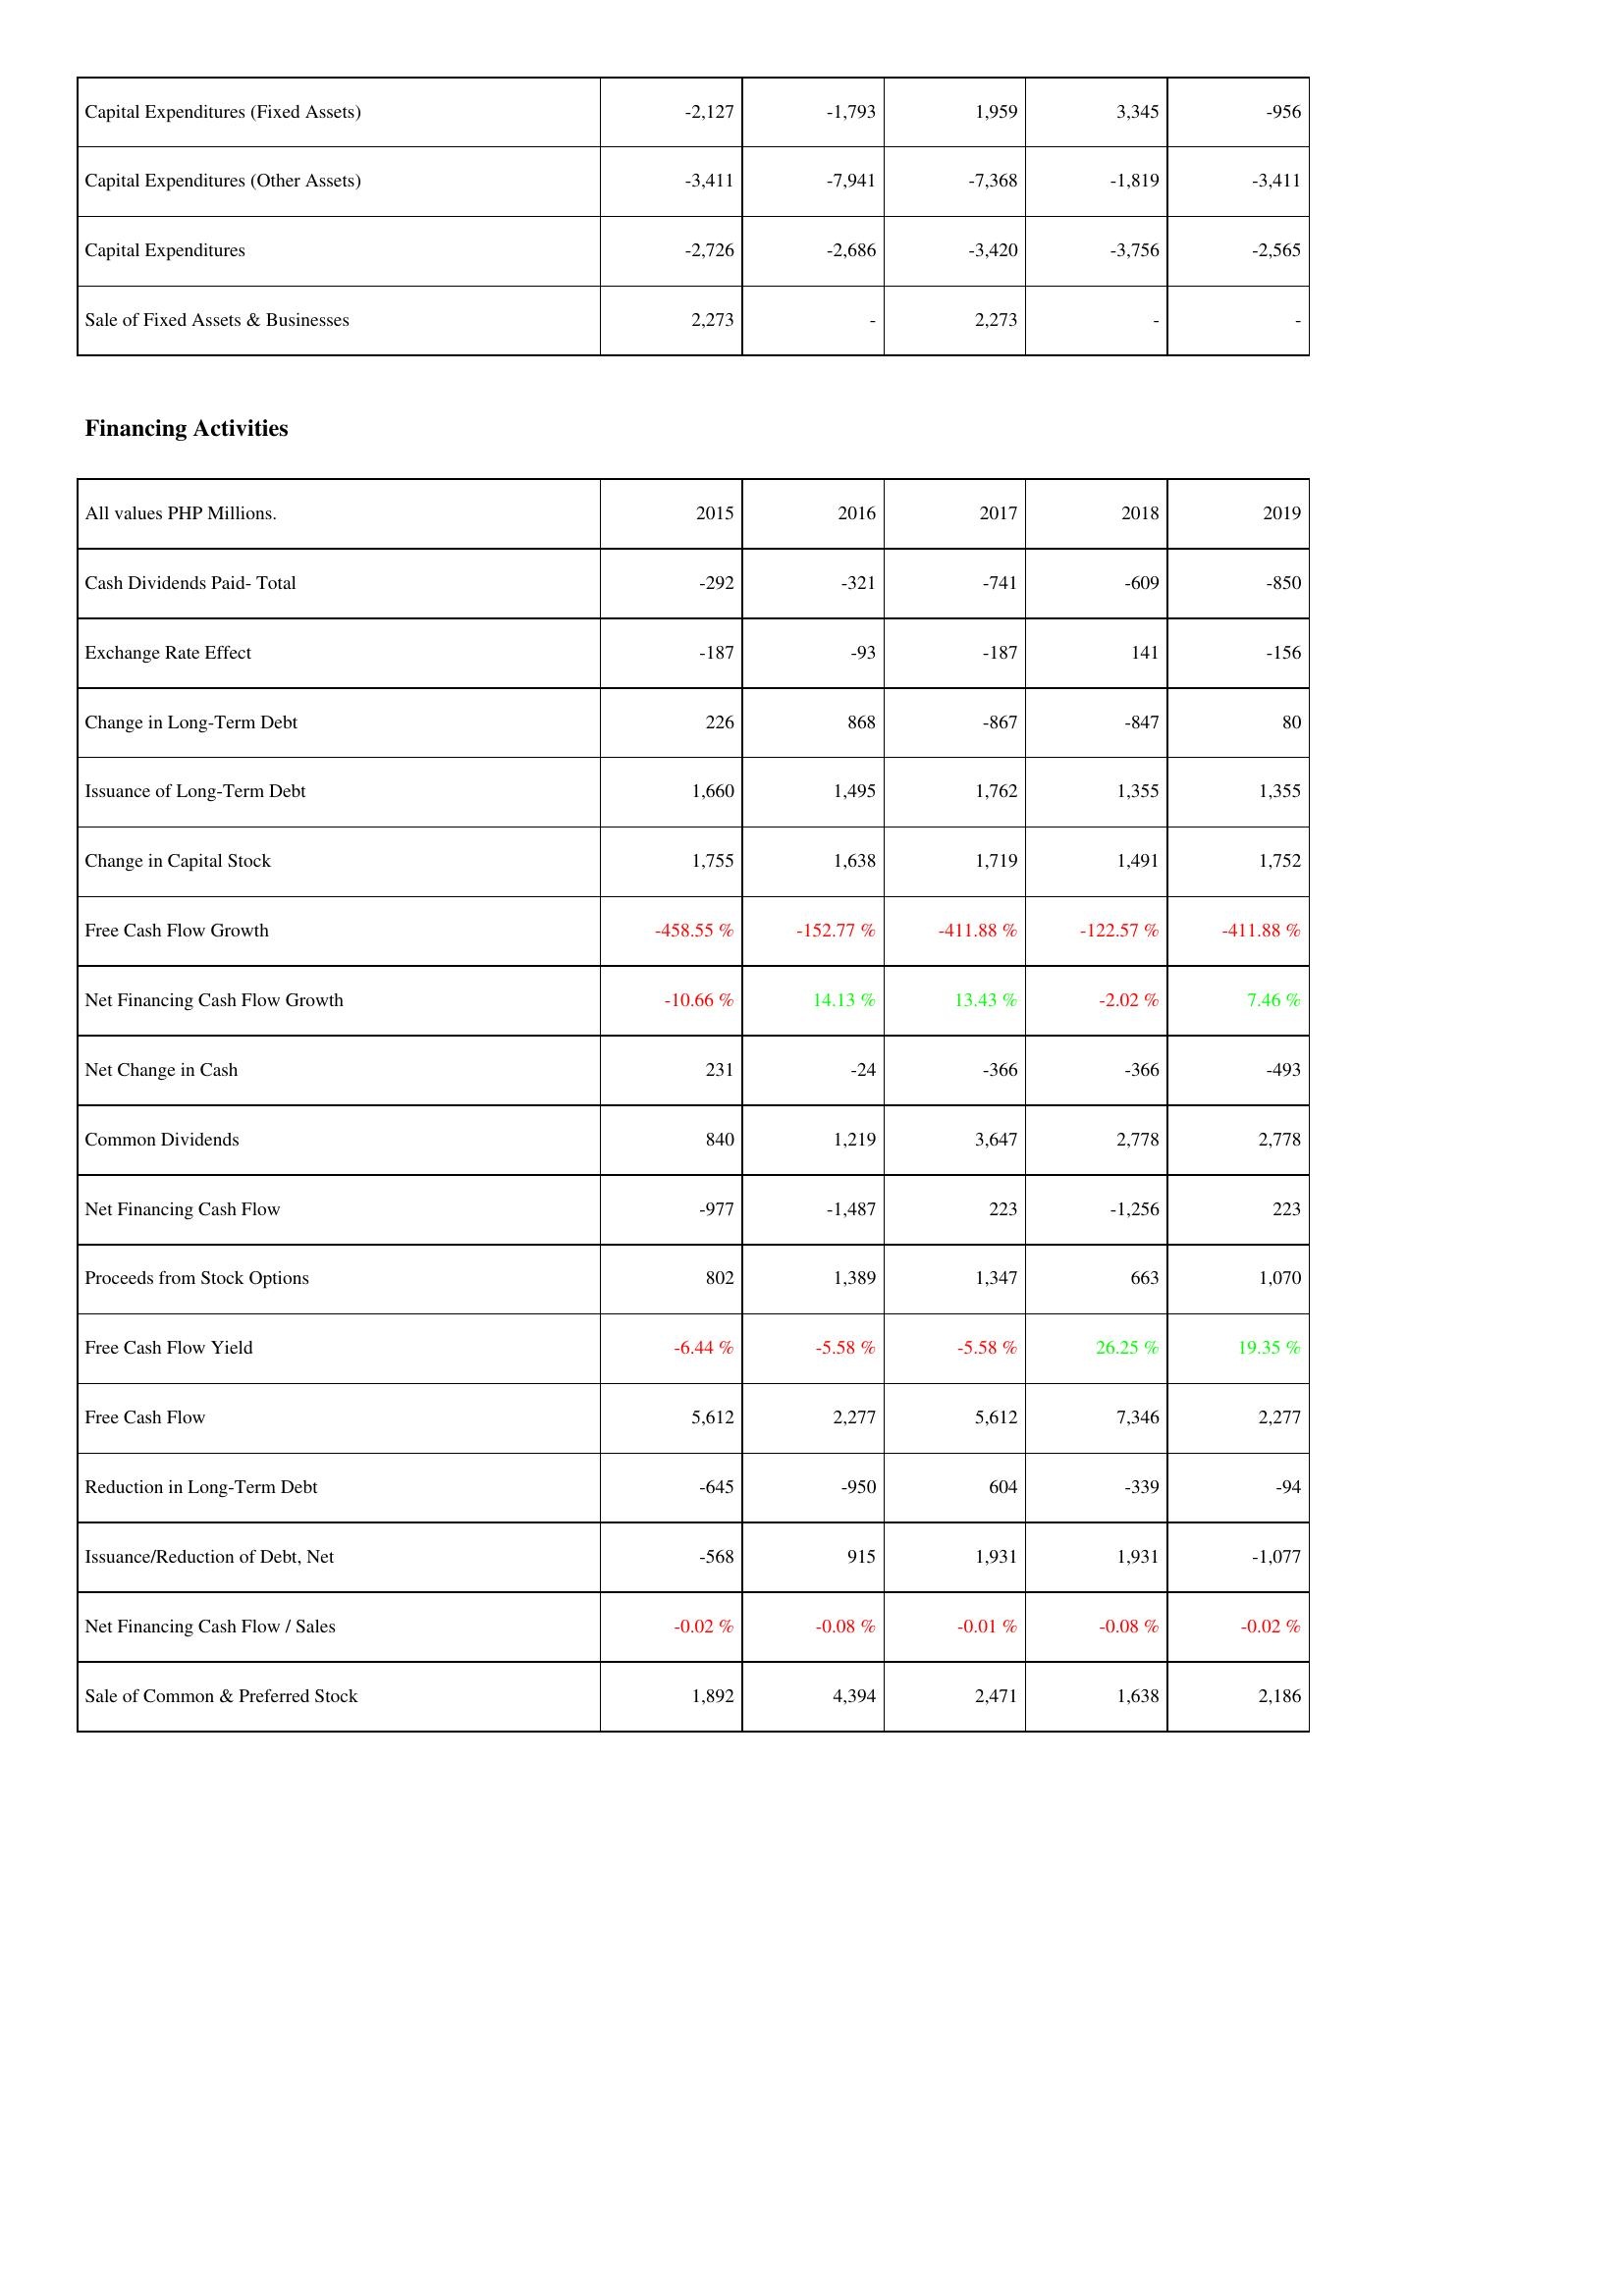
2015: Investing Activities: Capital Expenditures (Fixed Assets): -2,127
Capital Expenditures (Other Assets): -3,411
Capital Expenditures: -2,726
Sale of Fixed Assets & Businesses: 2,273
Financing Activities: Cash Dividends Paid- Total: -292
Exchange Rate Effect: -187
Change in Long-Term Debt: 226
Issuance of Long-Term Debt: 1,660
Change in Capital Stock: 1,755
Free Cash Flow Growth: -458.55 %
Net Financing Cash Flow Growth: -10.66 %
Net Change in Cash: 231
Common Dividends: 840
Net Financing Cash Flow: -977
Proceeds from Stock Options: 802
Free Cash Flow Yield: -6.44 %
Free Cash Flow: 5,612
Reduction in Long-Term Debt: -645
Issuance/Reduction of Debt, Net: -568
Net Financing Cash Flow / Sales: -0.02 %
Sale of Common & Preferred Stock: 1,892
2016: Investing Activities: Capital Expenditures (Fixed Assets): -1,793
Capital Expenditures (Other Assets): -7,941
Capital Expenditures: -2,686
Sale of Fixed Assets & Businesses: -
Financing Activities: Cash Dividends Paid- Total: -321
Exchange Rate Effect: -93
Change in Long-Term Debt: 868
Issuance of Long-Term Debt: 1,495
Change in Capital Stock: 1,638
Free Cash Flow Growth: -152.77 %
Net Financing Cash Flow Growth: 14.13 %
Net Change in Cash: -24
Common Dividends: 1,219
Net Financing Cash Flow: -1,487
Proceeds from Stock Options: 1,389
Free Cash Flow Yield: -5.58 %
Free Cash Flow: 2,277
Reduction in Long-Term Debt: -950
Issuance/Reduction of Debt, Net: 915
Net Financing Cash Flow / Sales: -0.08 %
Sale of Common & Preferred Stock: 4,394
2017: Investing Activities: Capital Expenditures (Fixed Assets): 1,959
Capital Expenditures (Other Assets): -7,368
Capital Expenditures: -3,420
Sale of Fixed Assets & Businesses: 2,273
Financing Activities: Cash Dividends Paid- Total: -741
Exchange Rate Effect: -187
Change in Long-Term Debt: -867
Issuance of Long-Term Debt: 1,762
Change in Capital Stock: 1,719
Free Cash Flow Growth: -411.88 %
Net Financing Cash Flow Growth: 13.43 %
Net Change in Cash: -366
Common Dividends: 3,647
Net Financing Cash Flow: 223
Proceeds from Stock Options: 1,347
Free Cash Flow Yield: -5.58 %
Free Cash Flow: 5,612
Reduction in Long-Term Debt: 604
Issuance/Reduction of Debt, Net: 1,931
Net Financing Cash Flow / Sales: -0.01 %
Sale of Common & Preferred Stock: 2,471
2018: Investing Activities: Capital Expenditures (Fixed Assets): 3,345
Capital Expenditures (Other Assets): -1,819
Capital Expenditures: -3,756
Sale of Fixed Assets & Businesses: -
Financing Activities: Cash Dividends Paid- Total: -609
Exchange Rate Effect: 141
Change in Long-Term Debt: -847
Issuance of Long-Term Debt: 1,355
Change in Capital Stock: 1,491
Free Cash Flow Growth: -122.57 %
Net Financing Cash Flow Growth: -2.02 %
Net Change in Cash: -366
Common Dividends: 2,778
Net Financing Cash Flow: -1,256
Proceeds from Stock Options: 663
Free Cash Flow Yield: 26.25 %
Free Cash Flow: 7,346
Reduction in Long-Term Debt: -339
Issuance/Reduction of Debt, Net: 1,931
Net Financing Cash Flow / Sales: -0.08 %
Sale of Common & Preferred Stock: 1,638
2019: Investing Activities: Capital Expenditures (Fixed Assets): -956
Capital Expenditures (Other Assets): -3,411
Capital Expenditures: -2,565
Sale of Fixed Assets & Businesses: -
Financing Activities: Cash Dividends Paid- Total: -850
Exchange Rate Effect: -156
Change in Long-Term Debt: 80
Issuance of Long-Term Debt: 1,355
Change in Capital Stock: 1,752
Free Cash Flow Growth: -411.88 %
Net Financing Cash Flow Growth: 7.46 %
Net Change in Cash: -493
Common Dividends: 2,778
Net Financing Cash Flow: 223
Proceeds from Stock Options: 1,070
Free Cash Flow Yield: 19.35 %
Free Cash Flow: 2,277
Reduction in Long-Term Debt: -94
Issuance/Reduction of Debt, Net: -1,077
Net Financing Cash Flow / Sales: -0.02 %
Sale of Common & Preferred Stock: 2,186